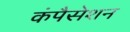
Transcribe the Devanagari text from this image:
कंपैसेशन